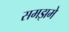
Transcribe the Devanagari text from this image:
समझमे